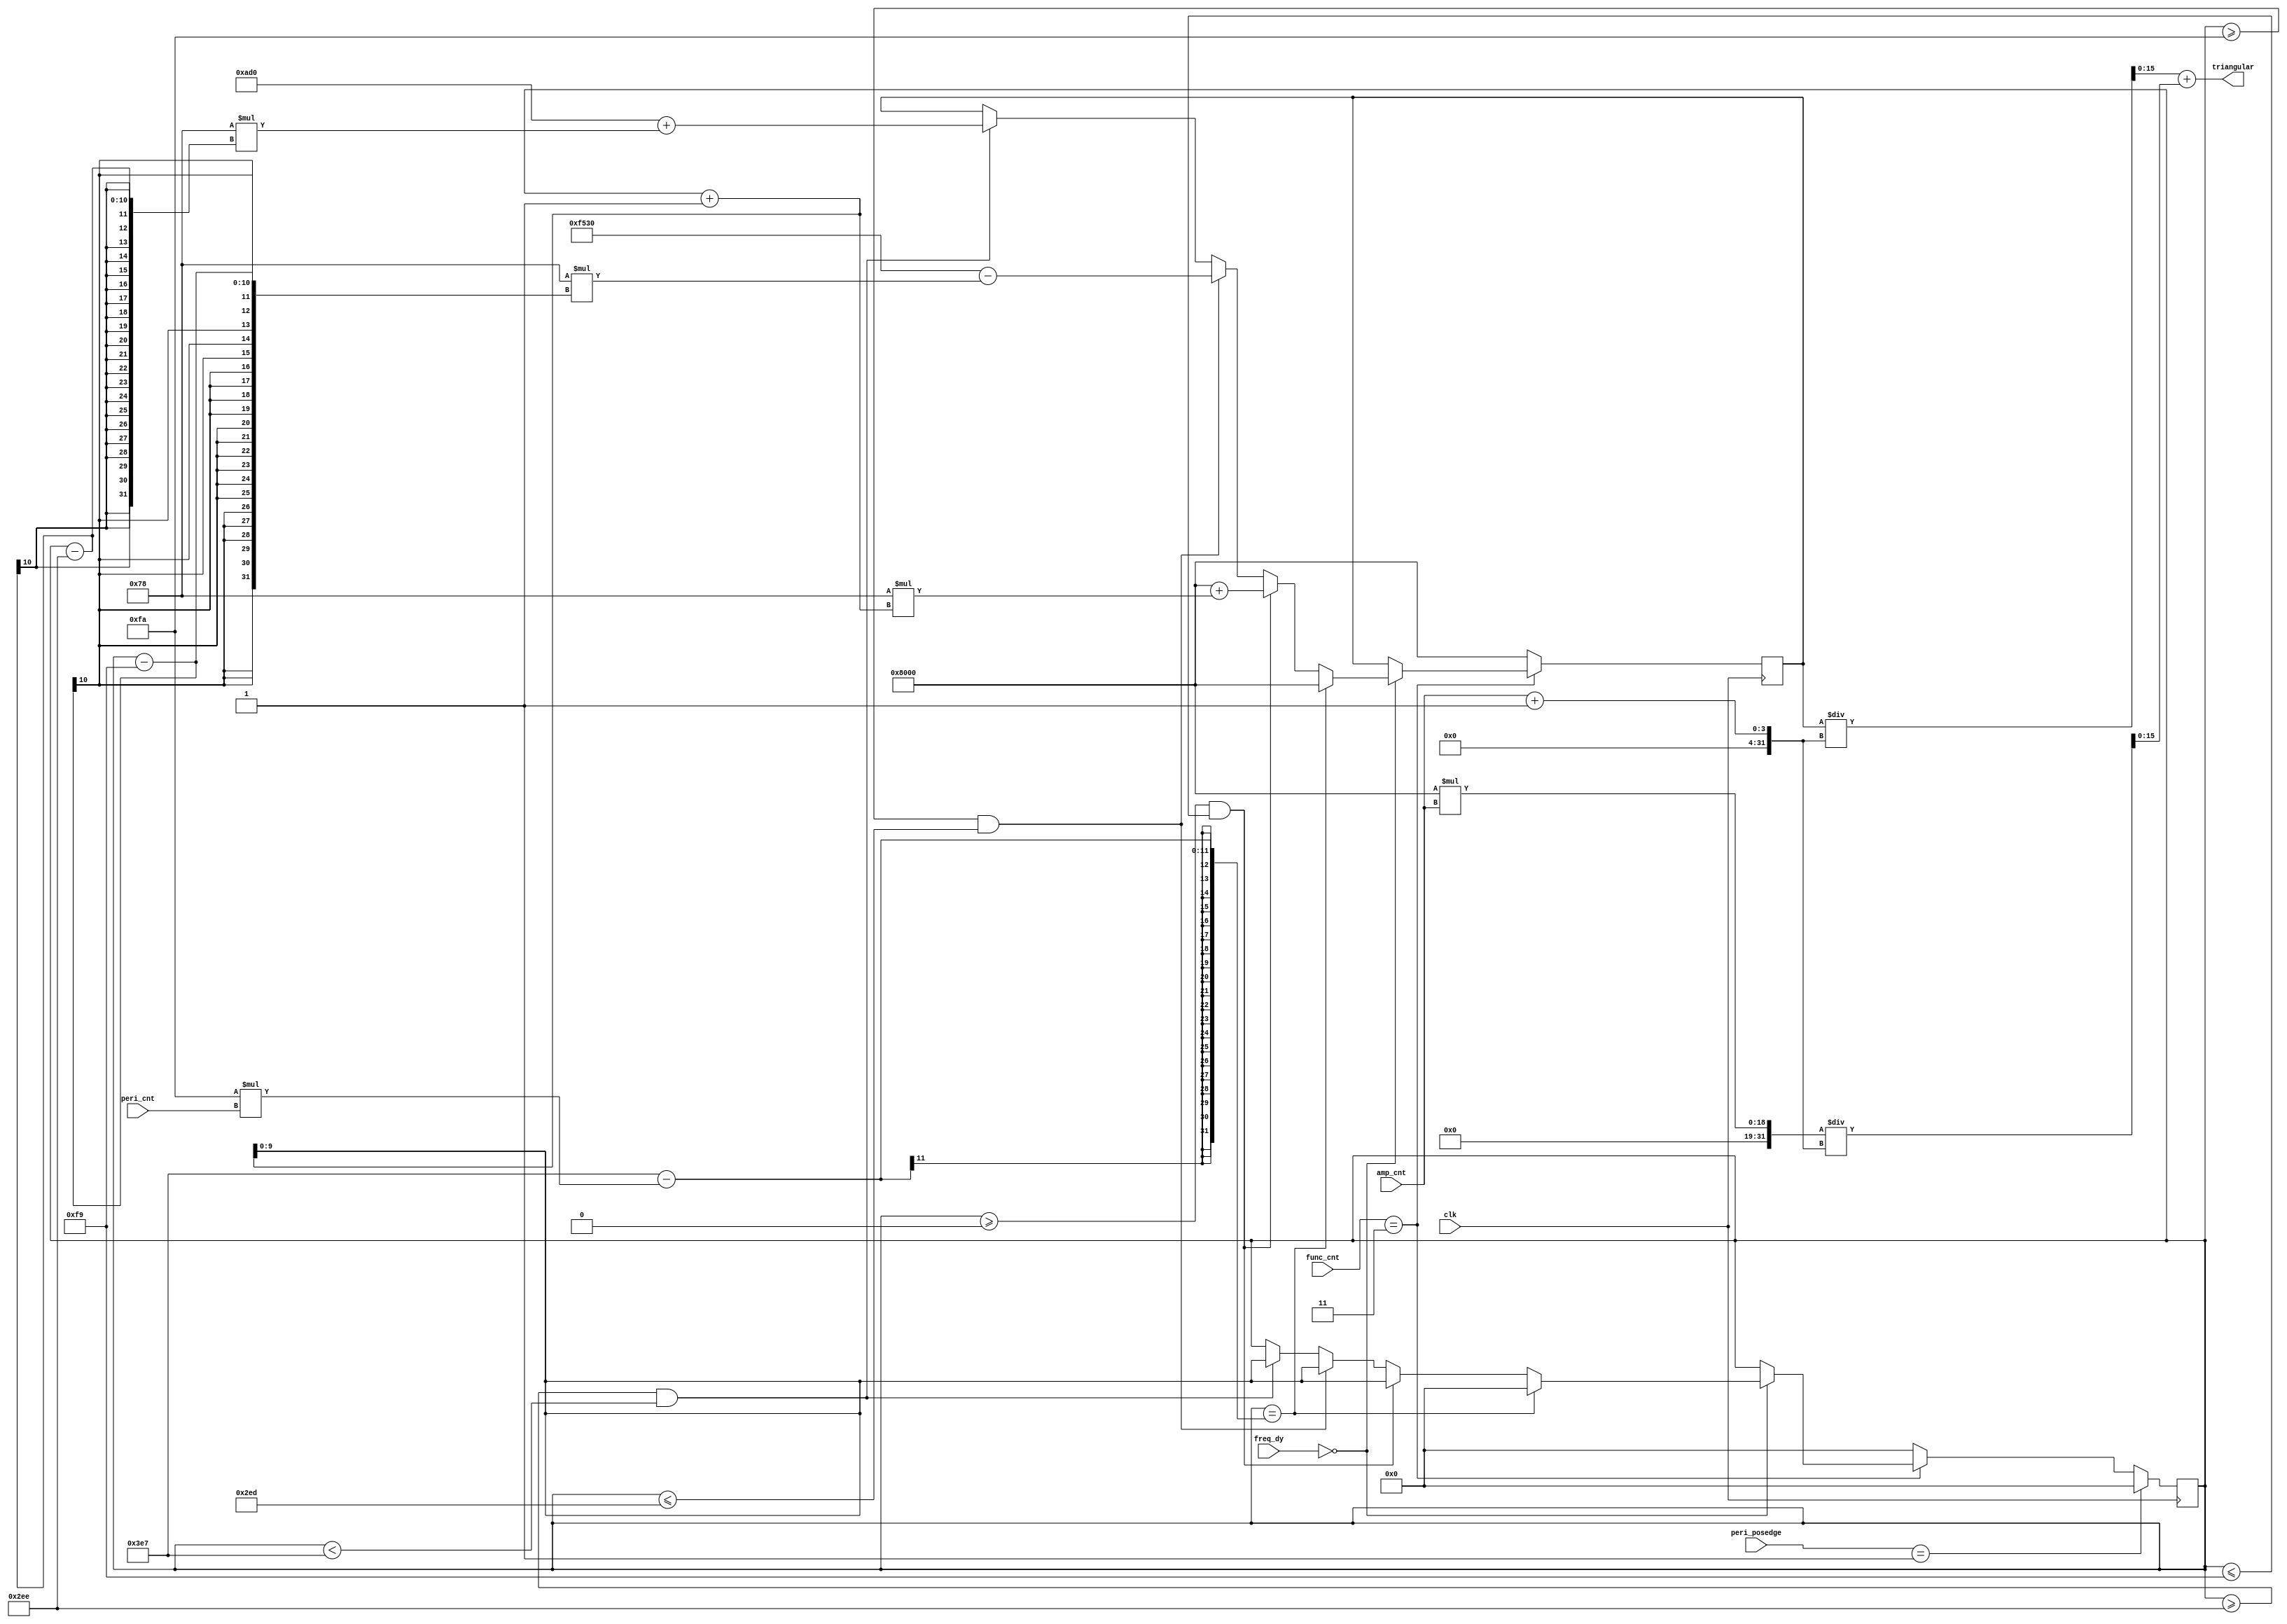
`timescale 1ns / 1ps
//////////////////////////////////////////////////////////////////////////////////
// Company: 
// Engineer: 
// 
// Design Name: 
// Module Name: triangle
// Project Name: 
// Target Devices: 
// Tool Versions: 
// Description: 
// 
// Dependencies: 
// 
// Revision:
// Revision 0.01 - File Created
// Additional Comments:
// 
//////////////////////////////////////////////////////////////////////////////////


module triangle(
    input clk,
    input [2:0] func_cnt,
    input [2:0] freq_dy,
    input [2:0] amp_cnt,
    input [2:0] peri_cnt,
    input [2:0] peri_posedge,
    output wire [15:0] triangular
    );
     
reg[9:0] a;
reg [15:0] rt;
reg [15:0] rt_amp;
assign triangular = rt_amp;

initial begin
    a = 0;
    rt = 32768;
end 
     
always@(posedge clk)
begin
    if(func_cnt == 3) begin
        if(freq_dy == 0) begin
            if(a == 999 - 250*peri_cnt) begin
                a = 0;
                rt = 32768;
            end
            else if(a>=0 && a<=249)begin
                rt = 32768 + 120*(a+1);
                a = a + 1;
            end
            else if(a>=250 && a<=749) begin
                rt = 62768 - 120*(a-249);
                a = a + 1;
            end
            else if(a>=750 && a<999)begin
                rt = 2768 + 120*(a-750);
                a = a + 1;
            end
        end
    end
    else begin
        a = 0;
        rt = 32768;
    end
    if(peri_posedge == 1) begin
        a = 0;
    end
end

always@(rt or amp_cnt) begin
    rt_amp = rt/(amp_cnt+1) + 32768*amp_cnt/(amp_cnt+1);
end

    
endmodule